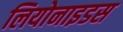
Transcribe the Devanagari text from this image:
लियोनाइडस